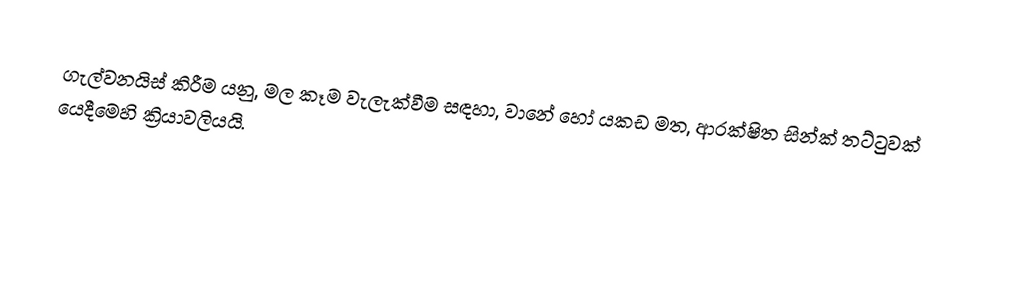
ගැල්වනයිස් කිරීම යනු, මල කෑම වැලැක්වීම සඳහා,  වානේ හෝ යකඩ මත, ආරක්ෂිත සින්ක් තට්ටුවක් යෙදීමෙහි ක්‍රියාවලියයි.